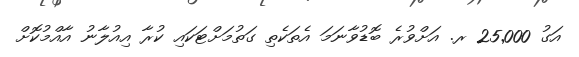
އަގު 25